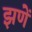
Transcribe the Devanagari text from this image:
झणें